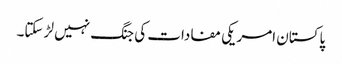
پاکستان امریکی مفادات کی جنگ نہیں لڑ سکتا۔